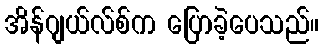
အိန်ဂျယ်လ်စ်က ပြောခဲ့ပေသည်။